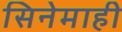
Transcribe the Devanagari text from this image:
सिनेमाही